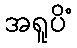
အရူပိံ